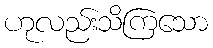
ဟုလည်းသိကြသော